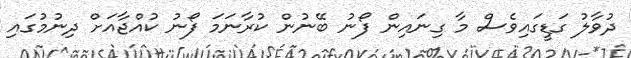
ދުވާލު ގަޑީގައިވެސް މާ ގިނައިން ފޯނު ބޭނުން ކުރާނަމަ ފޯނު ކުއްޖާއަށް ދިނުމުގައި